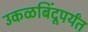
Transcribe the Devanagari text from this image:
उकळबिंदूपर्यंत